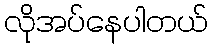
လိုအပ်နေပါတယ်